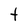
Character: t